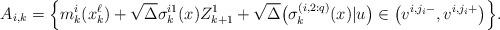
LaTeX: \begin{align*}A_{i,k} = \Big\{m_k^i(x_k^{\ell}) + \sqrt{\Delta}\sigma_k^{i1} (x) Z_{k+1}^{1} + \sqrt{\Delta} \big(\sigma_k^{(i,2:q)}(x) \vert u \big) \in \big(v^{i,j_i-}, v^{i,j_i+} \big) \Big\}.\end{align*}